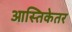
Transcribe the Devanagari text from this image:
आस्तिकेतर